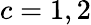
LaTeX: c=1,2